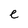
Character: e